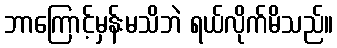
ဘာကြောင့်မှန်းမသိဘဲ ရယ်လိုက်မိသည်။